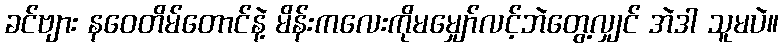
ခင်ဗျား နဝေတိမ်တောင်နဲ့ မိန်းကလေးကိုမမျှော်လင့်ဘဲတွေ့လျှင် အဲဒါ သူမပဲ။